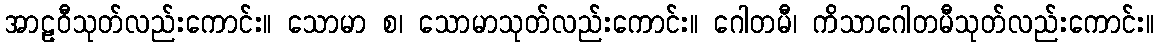
အာဠဝီသုတ်လည်းကောင်း။ သောမာ စ၊ သောမာသုတ်လည်းကောင်း။ ဂေါတမီ၊ ကိသာဂေါတမီသုတ်လည်းကောင်း။